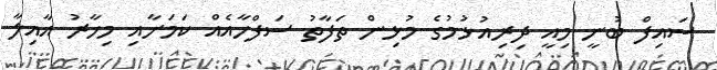
ސައިފް ބުނީ މިއީ ދިރިއުޅުމުގެ މުޅިން ތަފާތު ސަފްހާއެއް ކަމަށާއި މިހާރު އާއިލާ